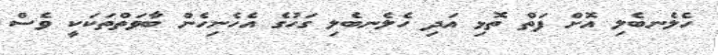
ހެލެނބެލި އޮށް ފަތް ތޮޅި އަދި ހެލެނބެލި ގަހުގެ އެހެނިހެން ބާވަތްތަކަކީ ވެސް